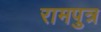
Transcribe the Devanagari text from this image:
रामपुत्र